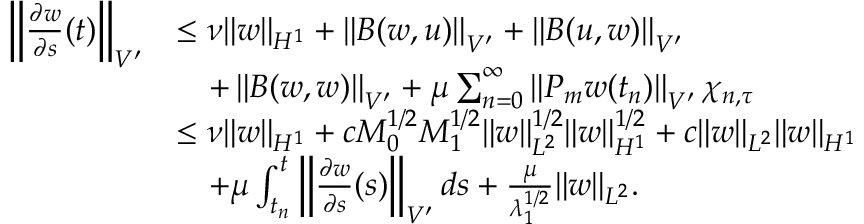
\begin{array} { r l } { \left\| \frac { \partial w } { \partial s } ( t ) \right\| _ { V ^ { \prime } } } & { \leq \nu \| w \| _ { H ^ { 1 } } + \left\| B ( w , u ) \right\| _ { V ^ { \prime } } + \left\| B ( u , w ) \right\| _ { V ^ { \prime } } } \\ & { \quad + \left\| B ( w , w ) \right\| _ { V ^ { \prime } } + \mu \sum _ { n = 0 } ^ { \infty } \left\| P _ { m } w ( t _ { n } ) \right\| _ { V ^ { \prime } } \chi _ { n , \tau } } \\ & { \leq \nu \| w \| _ { H ^ { 1 } } + c M _ { 0 } ^ { 1 / 2 } M _ { 1 } ^ { 1 / 2 } \| w \| _ { L ^ { 2 } } ^ { 1 / 2 } \| w \| _ { H ^ { 1 } } ^ { 1 / 2 } + c \| w \| _ { L ^ { 2 } } \| w \| _ { H ^ { 1 } } } \\ & { \quad + \mu \int _ { t _ { n } } ^ { t } \left\| \frac { \partial w } { \partial s } ( s ) \right\| _ { V ^ { \prime } } d s + \frac { \mu } { \lambda _ { 1 } ^ { 1 / 2 } } \| w \| _ { L ^ { 2 } } . } \end{array}